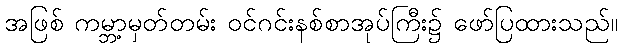
အဖြစ် ကမ္ဘာ့မှတ်တမ်း ဝင်ဂင်းနစ်စာအုပ်ကြီး၌ ဖော်ပြထားသည်။